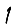
Digit: 1